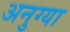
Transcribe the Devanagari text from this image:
अनुग्या